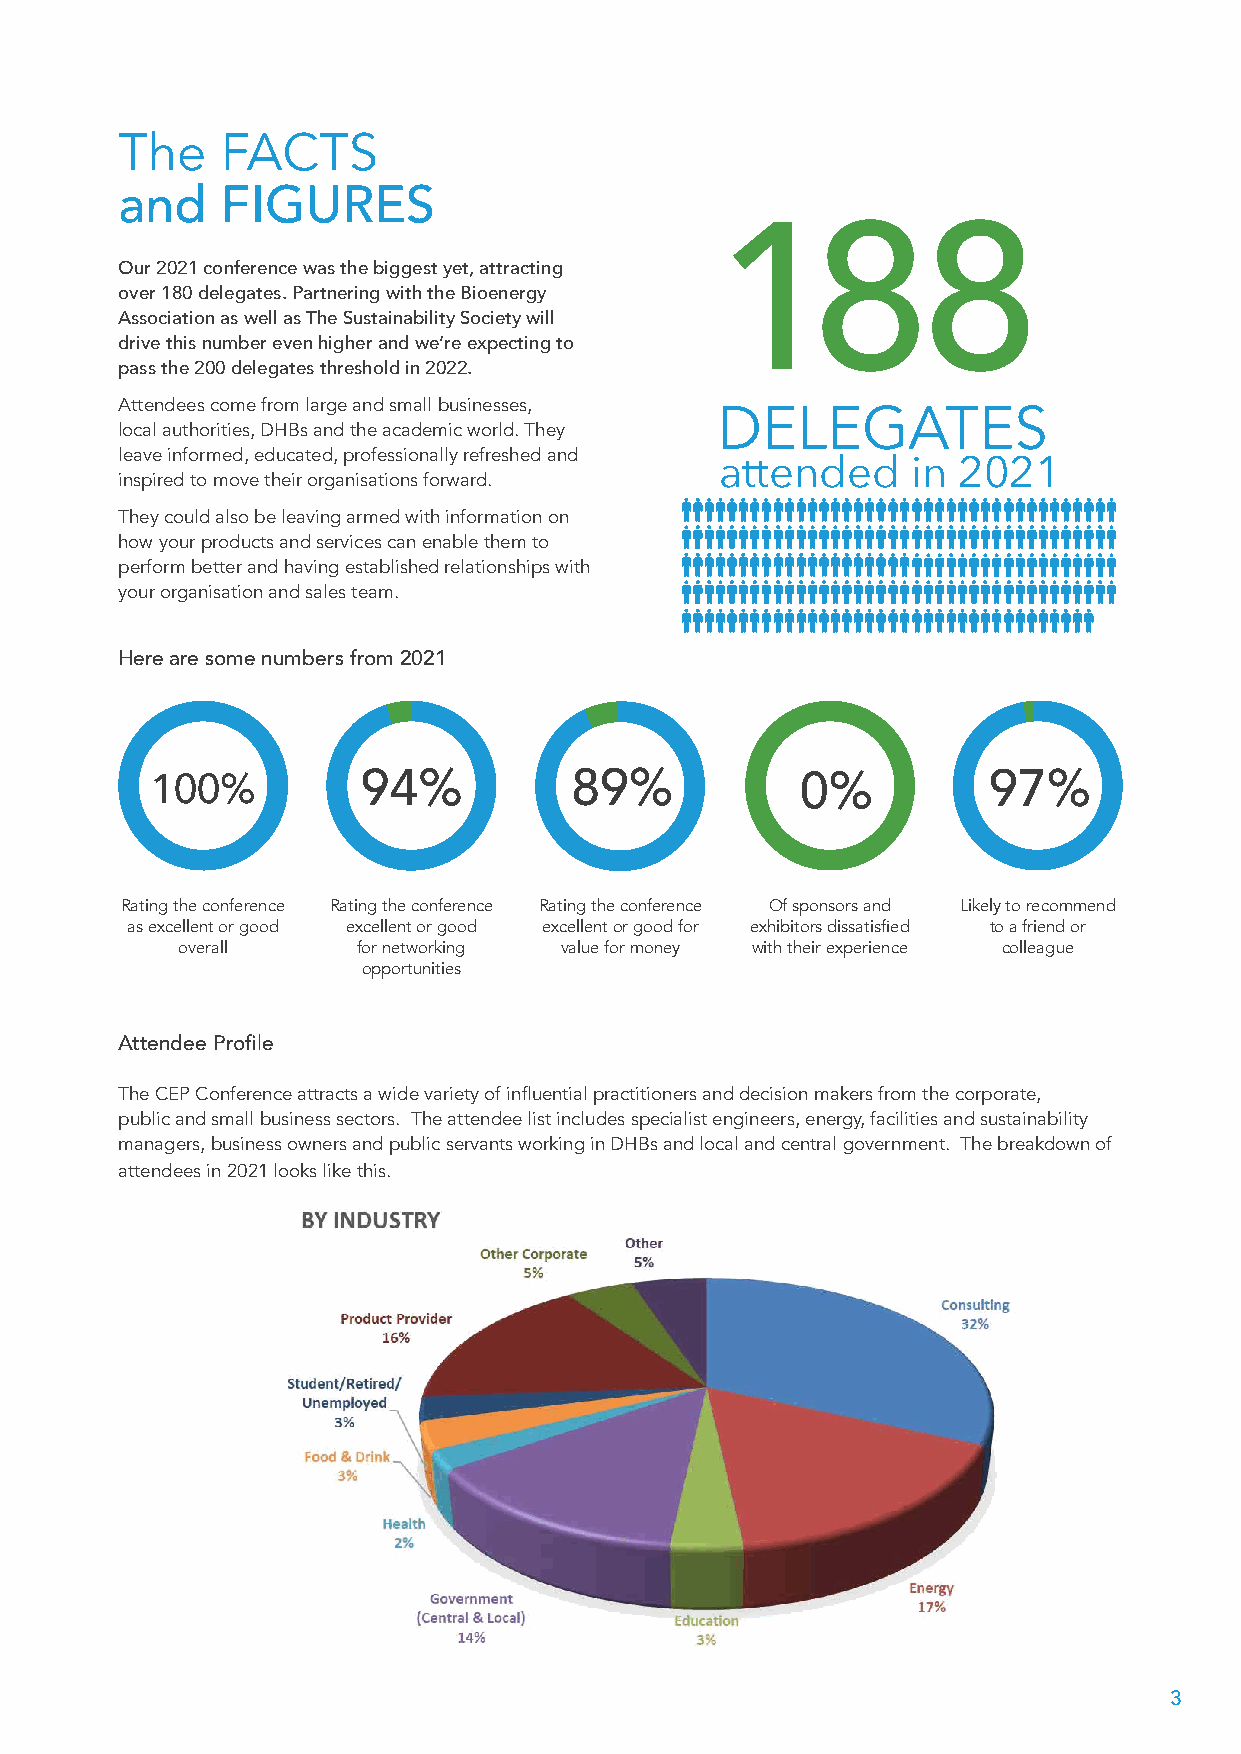
The    FACTS
 and    FIGURES
 188
 Our 2021 conference was the biggest yet, attracting
 over 180 delegates. Partnering with the Bioenergy
 Association as well as The Sustainability Society will
 drive this number even higher and we’re expecting to
 pass the 200 delegates threshold in 2022.
 Attendees come from large and small businesses,
 local authorities, DHBs and the academic world. They
 leave informed, educated, professionally refreshed and
 attended    in 2021
 inspired to move their organisations forward.
 They could also be leaving armed with information on
 how your products and services can enable them to
 perform better and having established relationships with
 your organisation and sales team.
 Here are some numbers from 2021
 100%          94%           89%            0%          97%
 Rating the conference Rating the conference Rating the conference Of sponsors and Likely to recommend
 as excellent or good excellent or good excellent or good for exhibitors dissatisfied to a friend or
 overall     for networking value for money with their experience colleague
 opportunities
 Attendee Profile
 The CEP Conference attracts a wide variety of influential practitioners and decision makers from the corporate,
 public and small business sectors. The attendee list includes specialist engineers, energy, facilities and sustainability
 managers, business owners and public servants working in DHBs and local and central government. The breakdown of
 attendees in 2021 looks like this.
 3